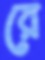
রে